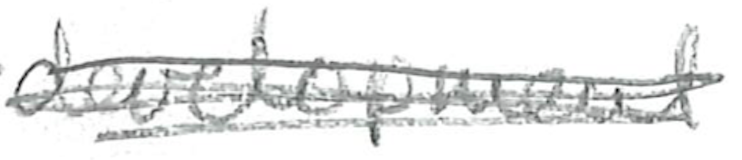
Text: development
Cross-out: scratch
Writing tool: pencil